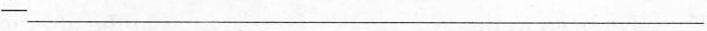
-____